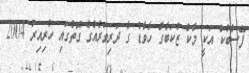
ފޭސްބުކް އަކީ މާކް ޒުކަބާގް ހާވާޑް ގެ ދަރިވަރެއްގެ ގޮތުގައި ހުރިއިރު 2004